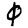
Digit: 0